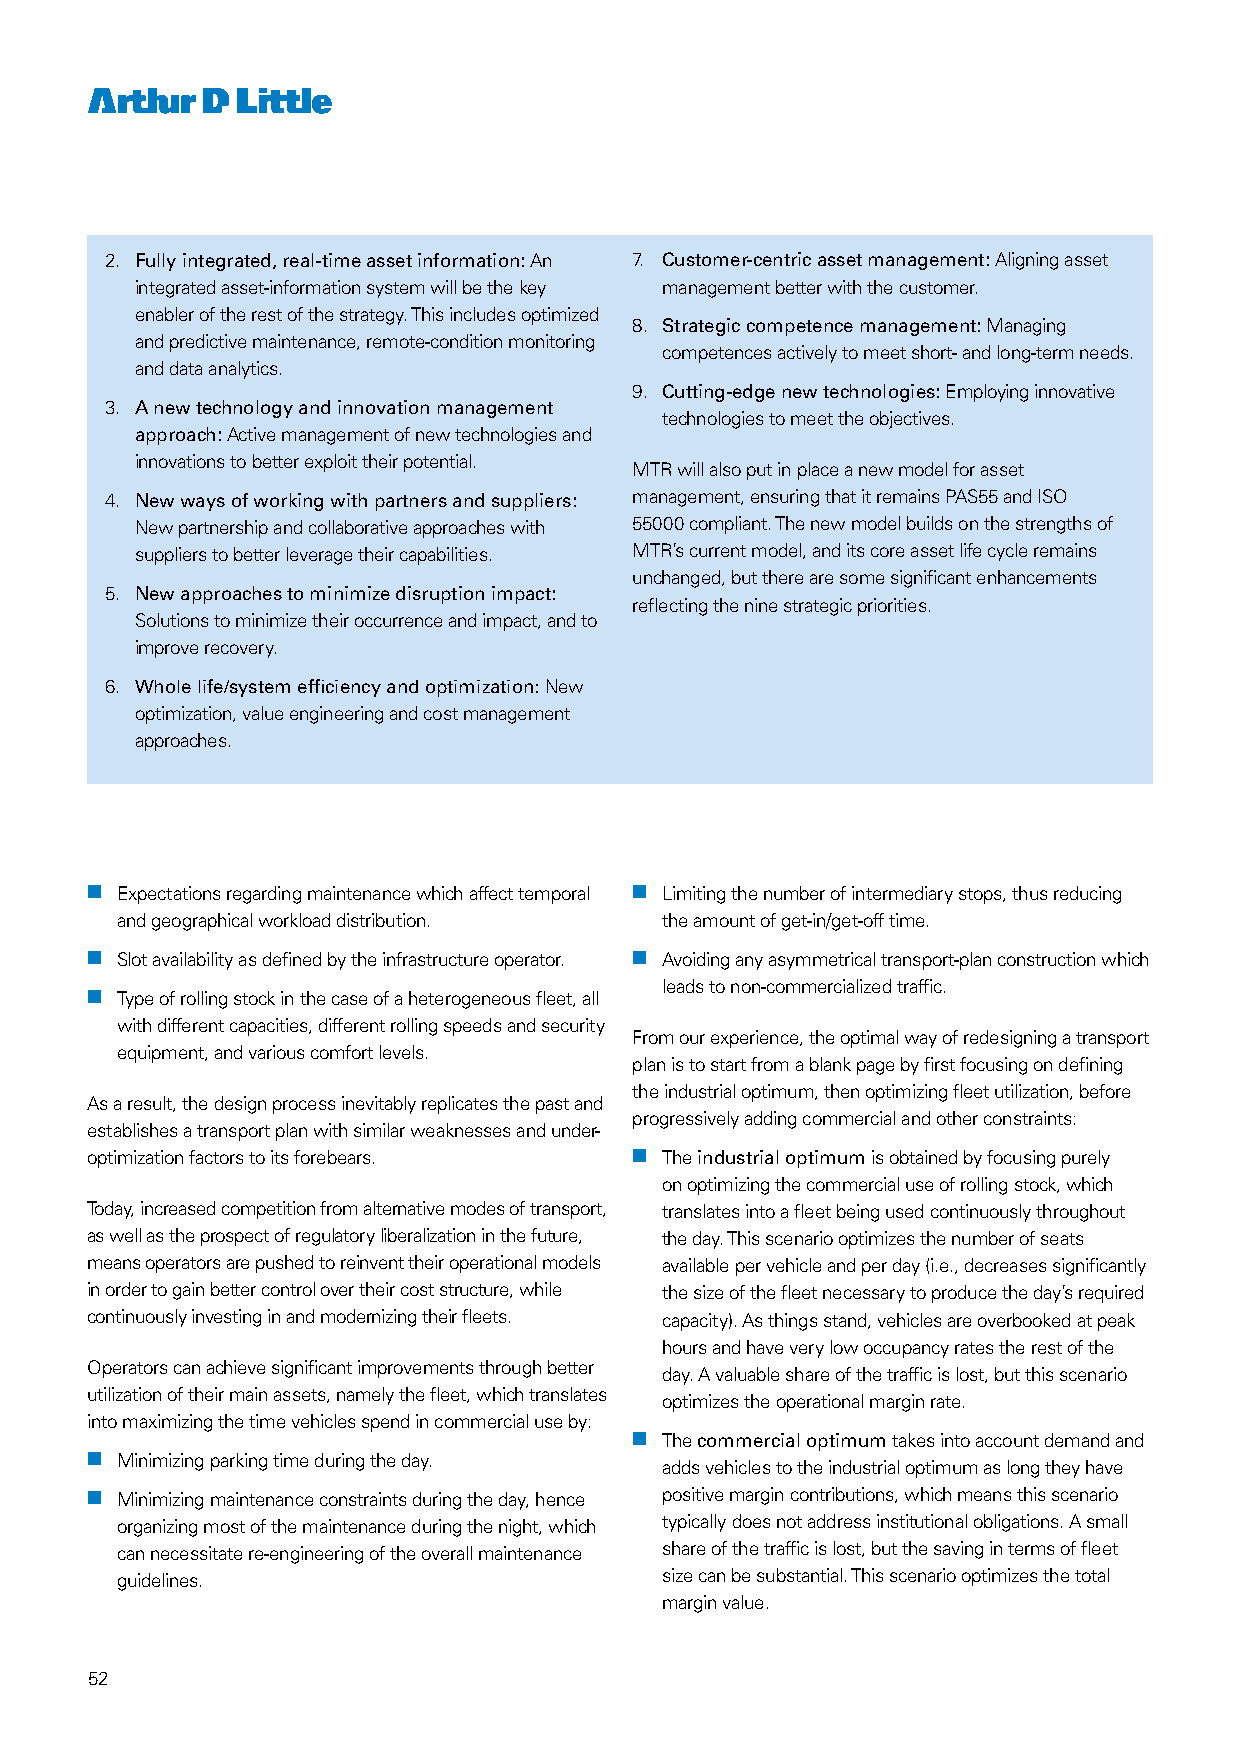
2. Fully integrated, real-time asset information: An 7. Customer-centric asset management: Aligning asset
 integrated asset-information system will be the key management better with the customer.
 enabler of the rest of the strategy. This includes optimized
 8. Strategic competence management: Managing
 and predictive maintenance, remote-condition monitoring
 competences actively to meet short- and long-term needs.
 and data analytics.
 9. Cutting-edge new technologies: Employing innovative
 3. A new technology and innovation management
 technologies to meet the objectives.
 approach: Active management of new technologies and
 innovations to better exploit their potential.
 MTR will also put in place a new model for asset
 4. New ways of working with partners and suppliers: management, ensuring that it remains PAS55 and ISO
 New partnership and collaborative approaches with 55000 compliant. The new model builds on the strengths of
 suppliers to better leverage their capabilities. MTR’s current model, and its core asset life cycle remains
 unchanged, but there are some significant enhancements
 5. New approaches to minimize disruption impact:
 reflecting the nine strategic priorities.
 Solutions to minimize their occurrence and impact, and to
 improve recovery.
 6. Whole life/system efficiency and optimization: New
 optimization, value engineering and cost management
 approaches.
 nn Expectations regarding maintenance which affect temporal nn Limiting the number of intermediary stops, thus reducing
 and geographical workload distribution. the amount of get-in/get-off time.
 nn Slot availability as defined by the infrastructure operator. nn Avoiding any asymmetrical transport-plan construction which
 leads to non-commercialized traffic.
 nn Type of rolling stock in the case of a heterogeneous fleet, all
 with different capacities, different rolling speeds and security
 From our experience, the optimal way of redesigning a transport
 equipment, and various comfort levels.
 plan is to start from a blank page by first focusing on defining
 the industrial optimum, then optimizing fleet utilization, before
 As a result, the design process inevitably replicates the past and
 progressively adding commercial and other constraints:
 establishes a transport plan with similar weaknesses and under-
 optimization factors to its forebears. nn The industrial optimum is obtained by focusing purely
 on optimizing the commercial use of rolling stock, which
 Today, increased competition from alternative modes of transport, translates into a fleet being used continuously throughout
 as well as the prospect of regulatory liberalization in the future, the day. This scenario optimizes the number of seats
 means operators are pushed to reinvent their operational models available per vehicle and per day (i.e., decreases significantly
 in order to gain better control over their cost structure, while the size of the fleet necessary to produce the day’s required
 continuously investing in and modernizing their fleets. capacity). As things stand, vehicles are overbooked at peak
 hours and have very low occupancy rates the rest of the
 Operators can achieve significant improvements through better
 day. A valuable share of the traffic is lost, but this scenario
 utilization of their main assets, namely the fleet, which translates
 optimizes the operational margin rate.
 into maximizing the time vehicles spend in commercial use by:
 nn The commercial optimum takes into account demand and
 nn Minimizing parking time during the day.
 adds vehicles to the industrial optimum as long they have
 nn Minimizing maintenance constraints during the day, hence positive margin contributions, which means this scenario
 organizing most of the maintenance during the night, which typically does not address institutional obligations. A small
 can necessitate re-engineering of the overall maintenance share of the traffic is lost, but the saving in terms of fleet
 guidelines.                         size can be substantial. This scenario optimizes the total
 margin value.
 52